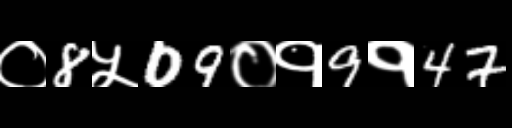
Text: ०8५09०१9१47